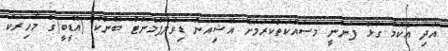
އަދި އެކަމާ ގުޅޭ ފަންނީ މަސައްކަތްކުރަމަށް އޭޝިއަން ޑިވެލޮޕްމެންޓް ބޭންކް (އޭޑީބީ)ގެ މާހިރަކު